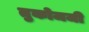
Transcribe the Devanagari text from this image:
तुकोजजी